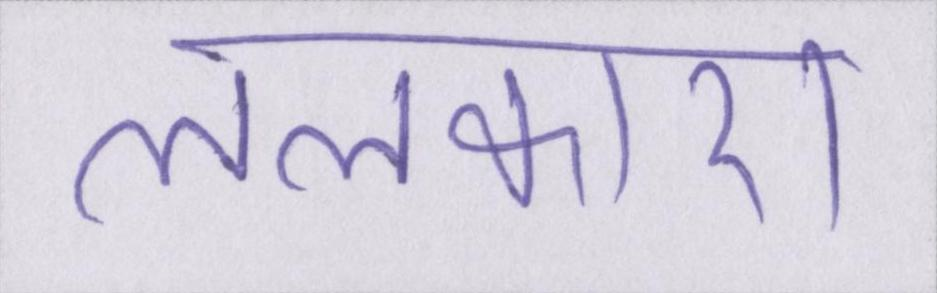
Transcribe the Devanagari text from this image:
ललकारा